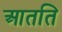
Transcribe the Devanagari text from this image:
आतति